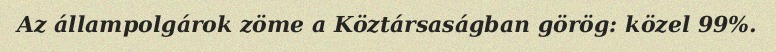
Az állampolgárok zöme a Köztársaságban görög: közel 99%.